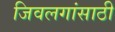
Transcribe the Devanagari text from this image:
जिवलगांसाठी